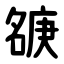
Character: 㗮